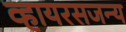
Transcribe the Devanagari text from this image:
व्हायरसजन्य